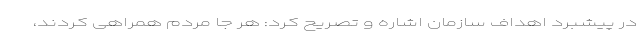
در پیشبرد اهداف سازمان اشاره و تصریح کرد: هر جا مردم همراهی کردند،